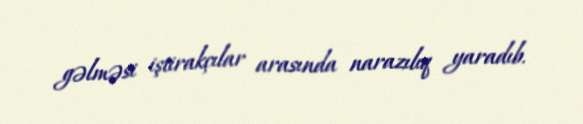
gəlməsi iştirakçılar arasında narazılıq yaradıb.